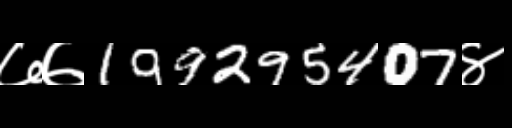
Text: ७७199295407४